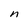
Character: n